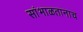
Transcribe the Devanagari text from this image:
सांभाळतानाच